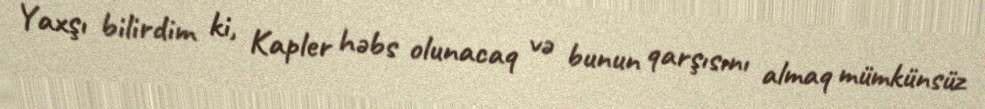
Yaxşı bilirdim ki, Kapler həbs olunacaq və bunun qarşısını almaq mümkünsüz